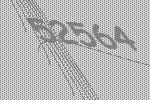
52564